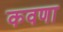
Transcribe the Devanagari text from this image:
कवणा